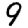
Digit: 9